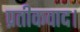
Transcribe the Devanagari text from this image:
प्रतीकवाद।